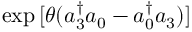
\exp { [ \theta ( a _ { 3 } ^ { \dagger } a _ { 0 } - a _ { 0 } ^ { \dagger } a _ { 3 } ) ] }